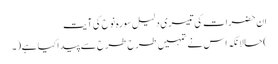
ان حضرات کی تیسری دلیل سورہ نوح کی آیت
)حالانکہ اس نے تمہیں طرح طرح سے پیداکیا ہے(۔